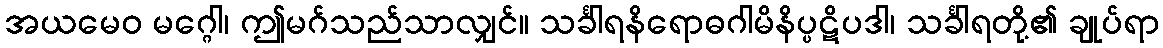
အယမေဝ မဂ္ဂေါ၊ ဤမဂ်သည်သာလျှင်။ သင်္ခါရနိရောဓဂါမိနိပ္ပဋိပဒါ၊ သင်္ခါရတို့၏ ချုပ်ရာ